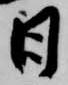
日